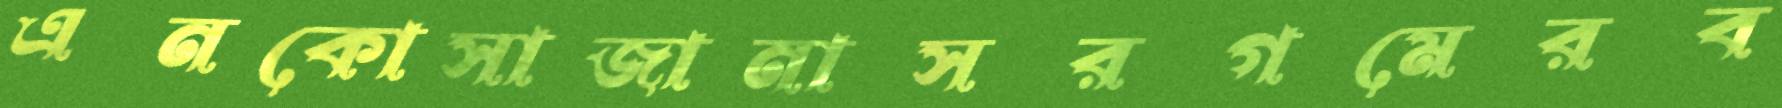
এনকোসাজানাসরগমেরব